Jaan_Tonisson_(Lasteleht), lk 431
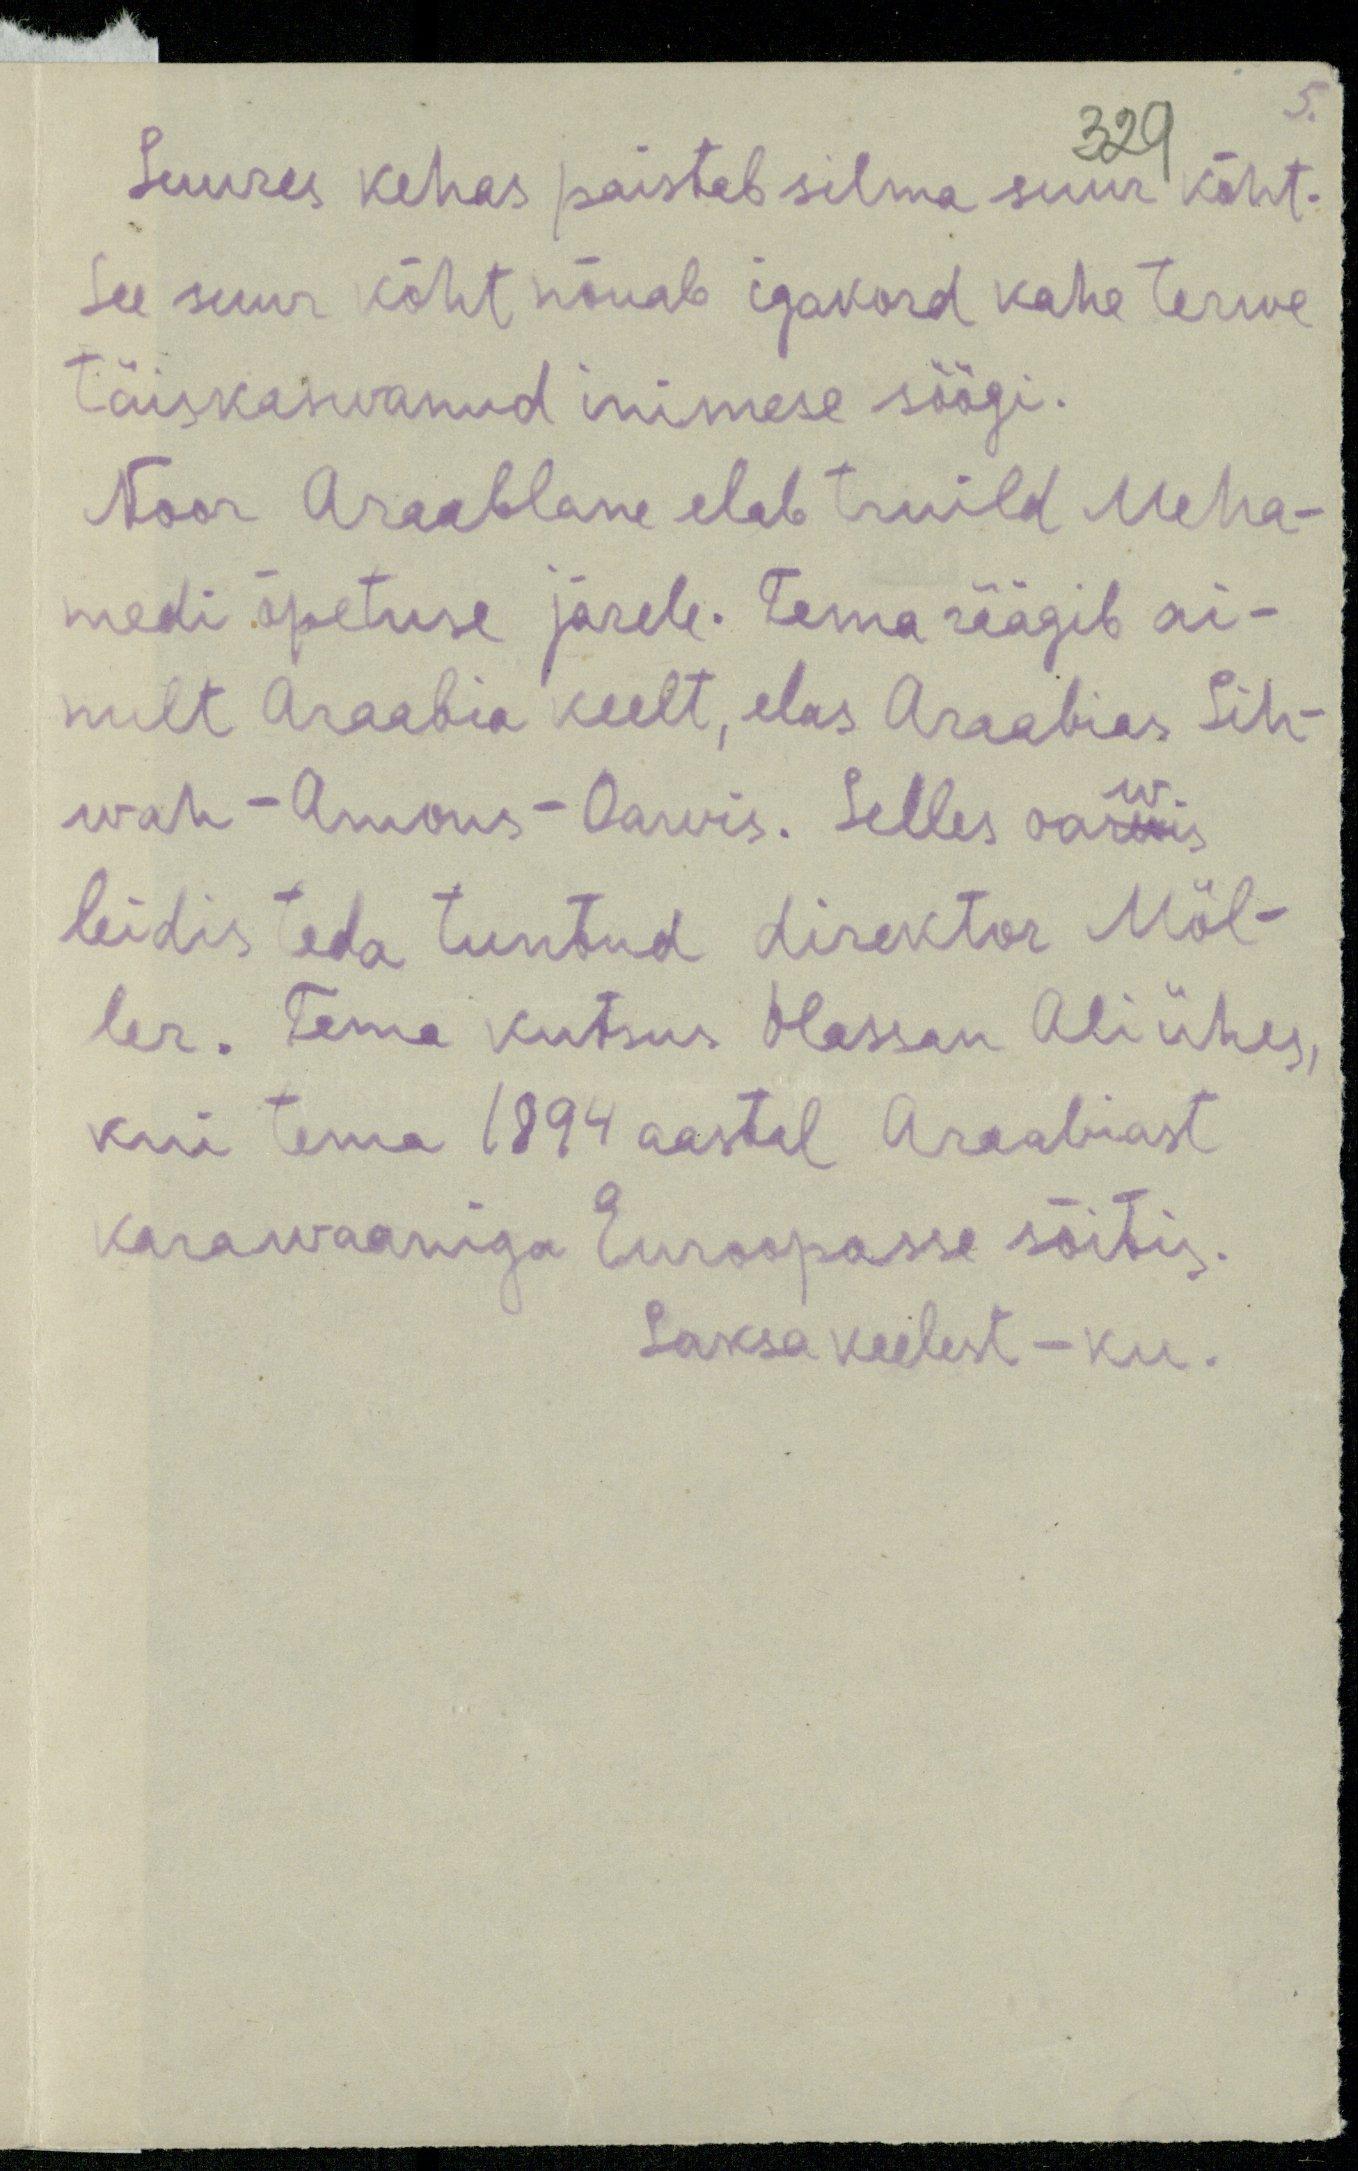
329
Suures kehas paistab silma suur kõht-
See suur kõht nõuab igakord kahe terwe
täiskasvanud inimese söögi.
Noor araablane elab truild Meha-
medi õpetuse järele. Tema räägib ai-
nult Araabia keelt, elas Araabias Sih-
wah, Amons-Oawis. Selles oawis
leidis teda tuntud direktor Möl-
ler. Tema kutsus Hassan Ali ühes,
kui tema 1894 aastal Araabiast
karawaaniga Euroopasse sõitis.
Saksa keelest - ku.